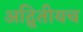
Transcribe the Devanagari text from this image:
अद्वितीयच